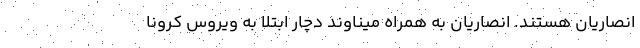
انصاریان هستند. انصاریان به همراه میناوند دچار ابتلا به ویروس کرونا